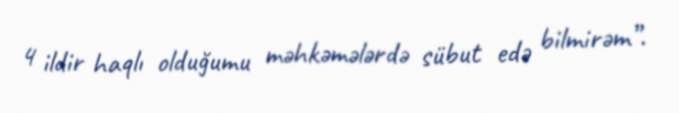
4 ildir haqlı olduğumu məhkəmələrdə sübut edə bilmirəm”.